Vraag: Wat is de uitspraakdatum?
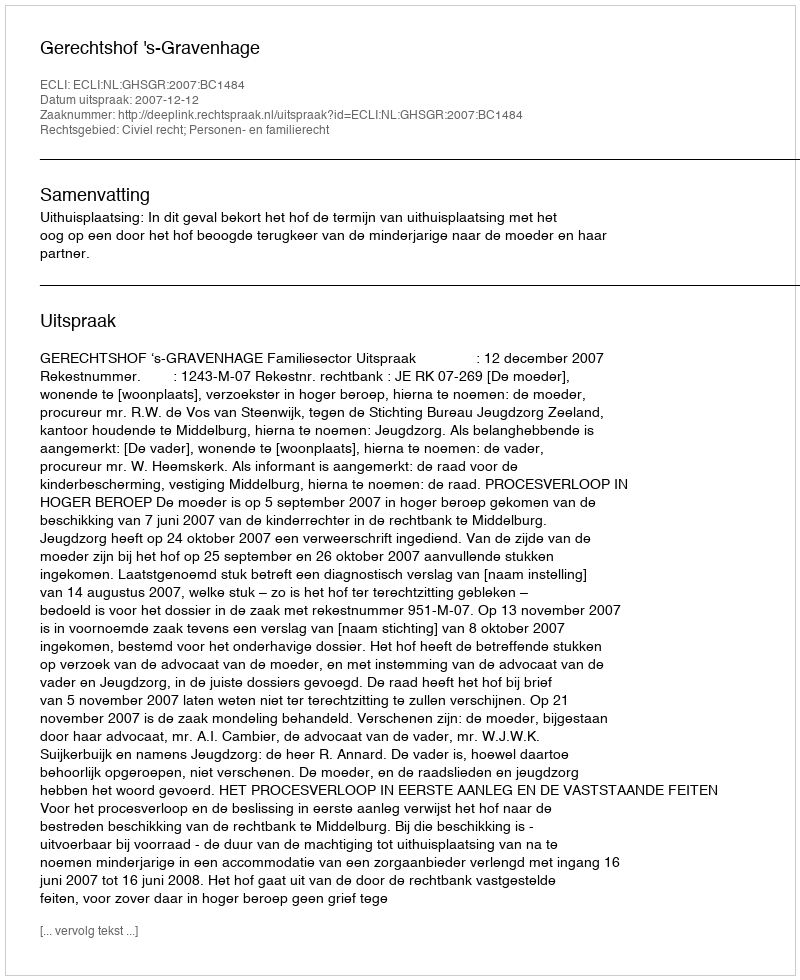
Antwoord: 2007-12-12